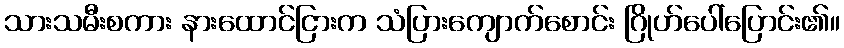
သားသမီးစကား နားထောင်ငြားက သံပြားကျောက်စောင်း ဂြိုဟ်ပေါ်ပြောင်း၏။